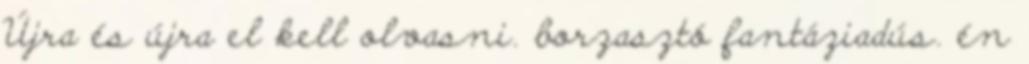
Újra és újra el kell olvasni. borzasztó fantáziadús. én